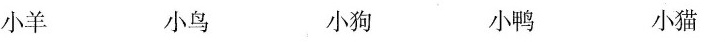
小羊 小鸟 小狗 小鸭 小猫